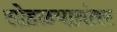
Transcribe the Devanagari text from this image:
सोहळयानंतर